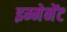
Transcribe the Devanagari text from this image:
इम्मेनेंट